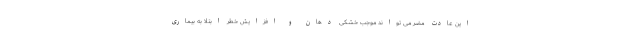
این عادت مضر می تواند موجب خشکی دهان و افزایش خطر ابتلا به بیماری